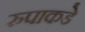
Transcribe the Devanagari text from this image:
रुपाकडे